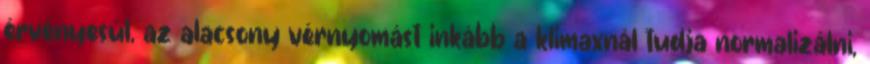
érvényesül, az alacsony vérnyomást inkább a klimaxnál tudja normalizálni,